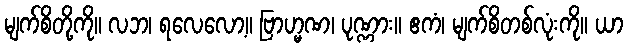
မျက်စိတို့ကို။ လဘ၊ ရလေလော့။ ဗြာဟ္မဏ၊ ပုဏ္ဏား။ ဧကံ၊ မျက်စိတစ်လုံးကို။ ယာ